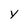
Character: y